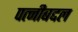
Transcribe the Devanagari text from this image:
पत्नीबद्दल